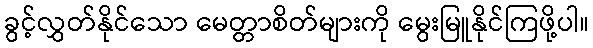
ခွင့်လွှတ်နိုင်သော မေတ္တာစိတ်များကို မွေးမြူနိုင်ကြဖို့ပါ။